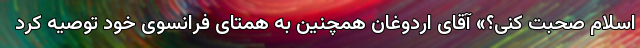
اسلام صحبت کنی؟» آقای اردوغان همچنین به همتای فرانسوی خود توصیه کرد